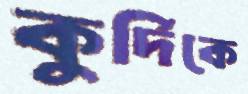
কুর্দিকে